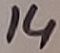
Text: 14